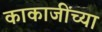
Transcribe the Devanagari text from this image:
काकाजींच्या